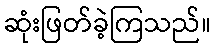
ဆုံးဖြတ်ခဲ့ကြသည်။